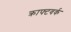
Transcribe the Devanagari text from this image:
क्राफ्टवर्क